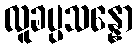
လူခပ္ပသန္နော